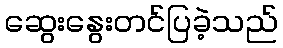
ဆွေးနွေးတင်ပြခဲ့သည်